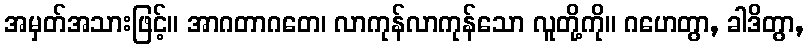
အမှတ်အသားဖြင့်။ အာဂတာဂတေ၊ လာကုန်လာကုန်သော လူတို့ကို။ ဂဟေတွာ, ခါဒိတွာ,